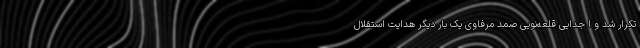
تکرار شد و ا جدایی قلعه‌نویی صمد مرفاوی یک بار دیگر هدایت استقلال